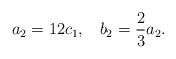
\begin{align*}a_2 = 12c_1, \;\;\; b_2 = \frac{2}{3}a_2 .\end{align*}